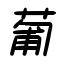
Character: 葡